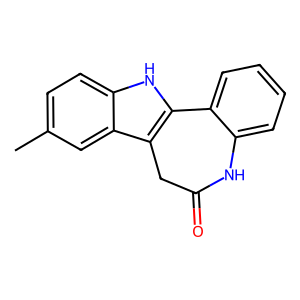
SMILES: Cc1ccc2[nH]c3c(c2c1)CC(=O)Nc1ccccc1-3
Inhibits HIV replication: No